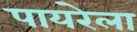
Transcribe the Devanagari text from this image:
पायरेला